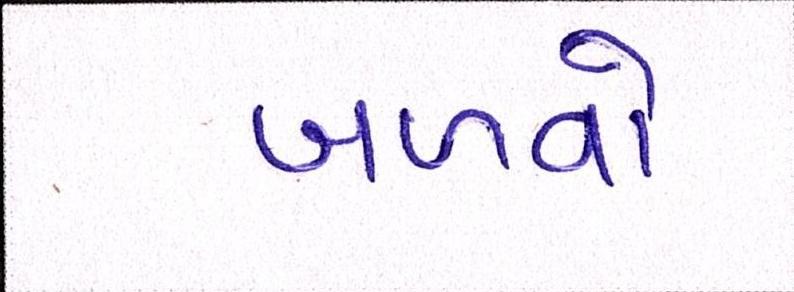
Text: બળવો